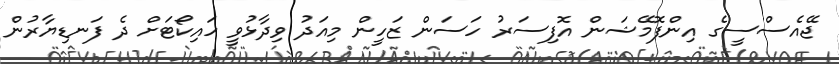
ޖޭއެސްސީގެ އިންފޮމޭޝަން އޮފިސަރު ހަސަން ޒަހީން މިއަދު ވިދާޅުވީ ހައިކޯޓަށް ދެ ފަނޑިޔާރުން